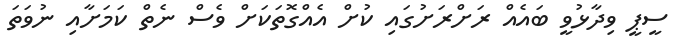
ސީޕީ ވިދާޅުވީ ބައެއް ރަށްރަށުގައި ކުށް އެއްގޮތަކަށް ވެސް ނެތް ކަމަަށާއި ނުވަތަ